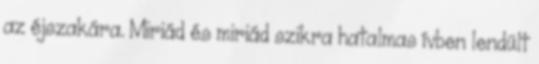
az éjszakára. Miriád és miriád szikra hatalmas ívben lendült